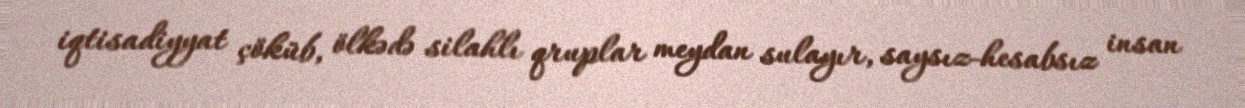
iqtisadiyyat çöküb, ölkədə silahlı qruplar meydan sulayır, saysız-hesabsız insan